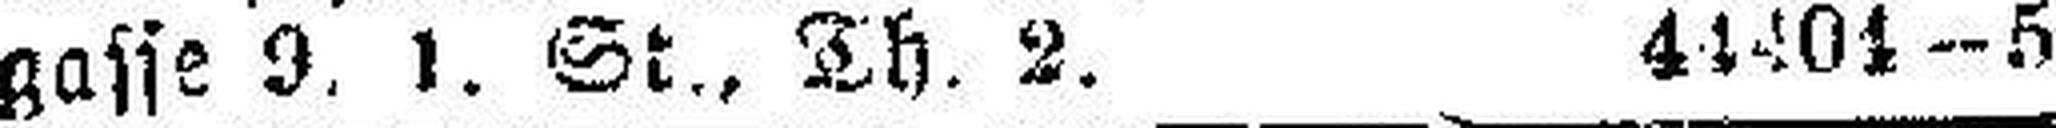
gasse 9. 1. St., Th. 2. 44404—5